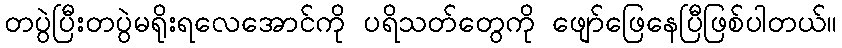
တပွဲပြီးတပွဲမရိုးရလေအောင်ကို ပရိသတ်တွေကို ဖျော်ဖြေနေပြီဖြစ်ပါတယ်။